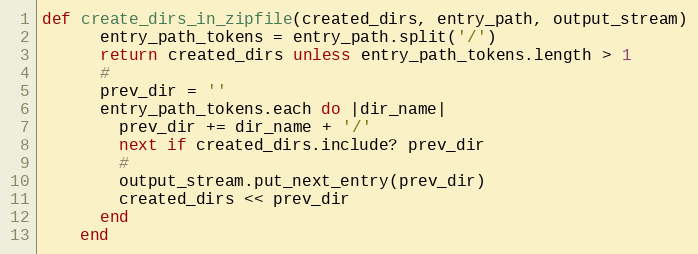
Language: Ruby
def create_dirs_in_zipfile(created_dirs, entry_path, output_stream)
      entry_path_tokens = entry_path.split('/')
      return created_dirs unless entry_path_tokens.length > 1
      #
      prev_dir = ''
      entry_path_tokens.each do |dir_name|
        prev_dir += dir_name + '/'
        next if created_dirs.include? prev_dir
        #
        output_stream.put_next_entry(prev_dir)
        created_dirs << prev_dir
      end
    end